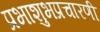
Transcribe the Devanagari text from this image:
प्रभाशुभप्रचारणी